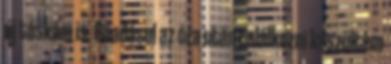
új táskám is. Ráadásul az óra után találkozni készültem